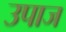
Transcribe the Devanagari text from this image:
उपाज